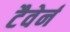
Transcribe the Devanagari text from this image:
टैवेर्न